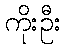
ကိုးဦး